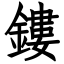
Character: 鏤